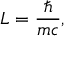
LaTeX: L = { \frac { \hbar } { m c } } ,